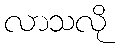
လာသလို